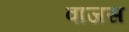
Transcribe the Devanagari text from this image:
वाजस